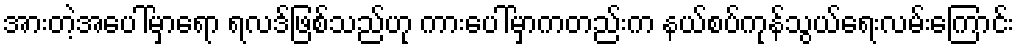
အားတဲ့အပေါ်မှာရော ရလဒ်ဖြစ်သည်ဟု ကားပေါ်မှာကတည်းက နယ်စပ်ကုန်သွယ်ရေးလမ်းကြောင်း